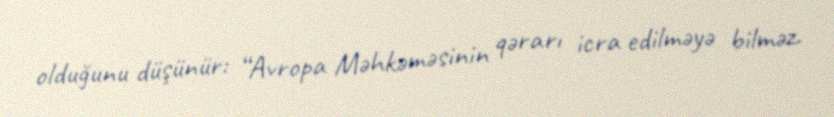
olduğunu düşünür: “Avropa Məhkəməsinin qərarı icra edilməyə bilməz.